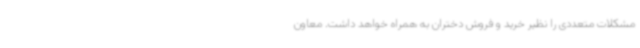
مشکلات متعددی را نظیر خرید و فروش دختران به همراه خواهد داشت. معاون